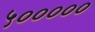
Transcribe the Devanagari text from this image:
५०००००